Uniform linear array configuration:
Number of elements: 48
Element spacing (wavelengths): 0.25
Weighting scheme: uniform
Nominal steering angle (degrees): -45
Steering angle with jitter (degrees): -45.64
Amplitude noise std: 0.05
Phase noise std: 0.05

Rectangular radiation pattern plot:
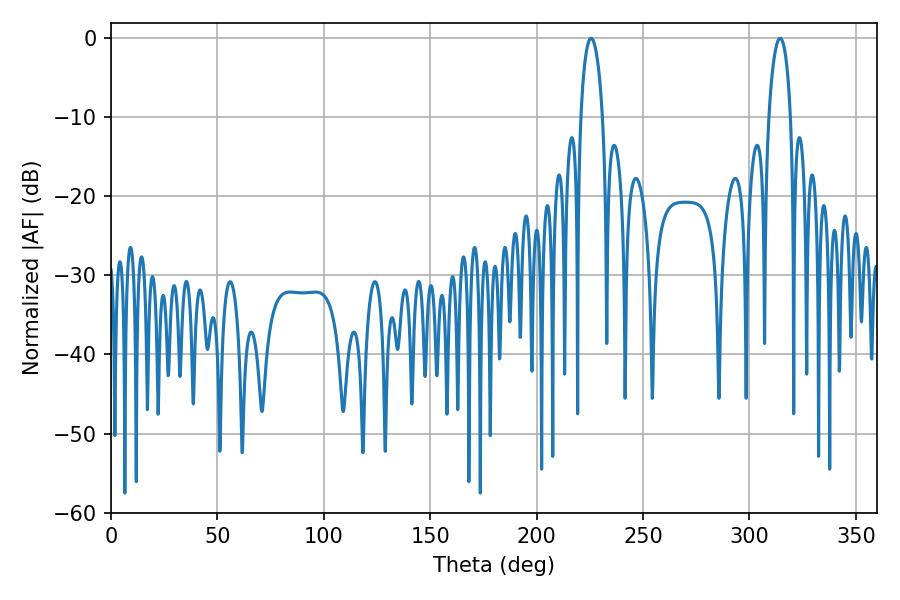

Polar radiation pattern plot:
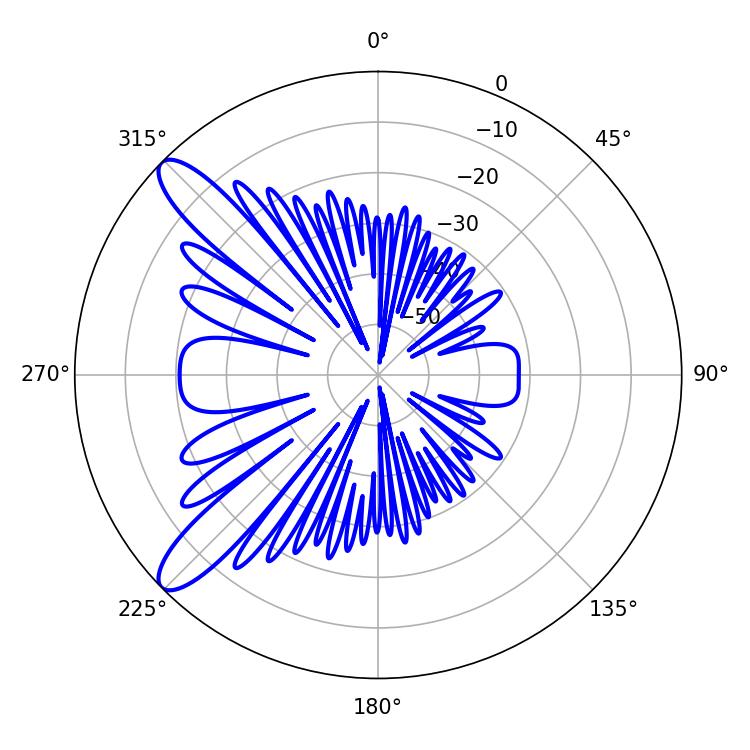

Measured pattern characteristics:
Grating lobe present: FALSE
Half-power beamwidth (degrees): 5.76
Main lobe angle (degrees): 225.54